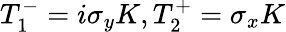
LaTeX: T_{1}^{-}=i\sigma_{y}K,T_{2}^{+}=\sigma_{x}K